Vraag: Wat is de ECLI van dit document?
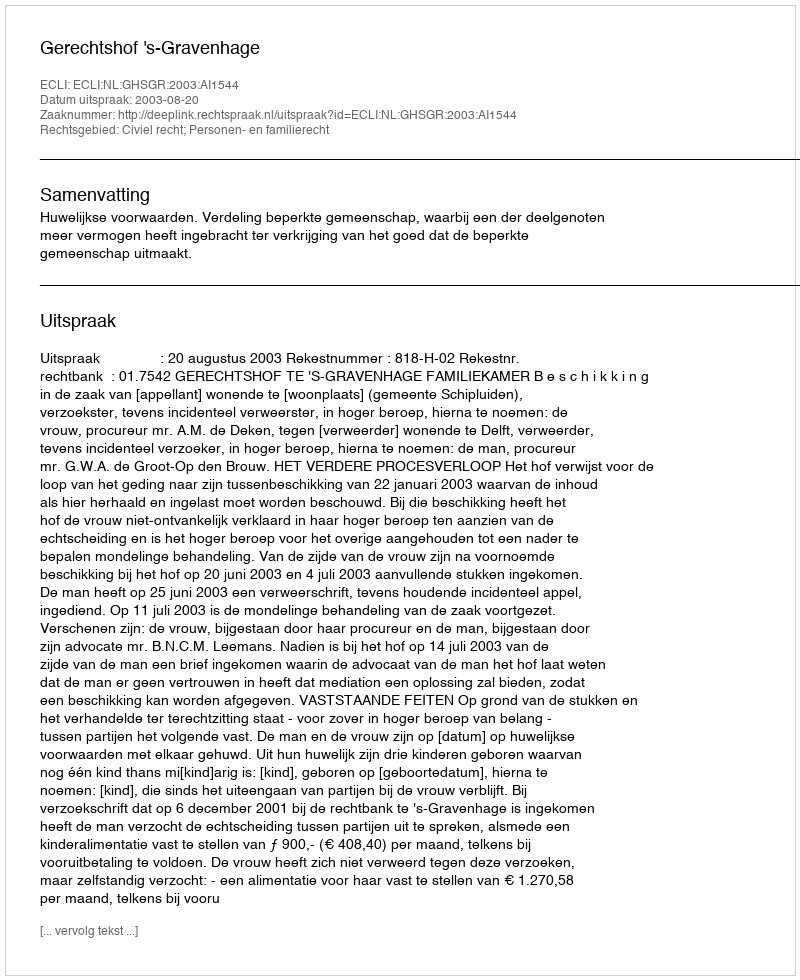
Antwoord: ECLI:NL:GHSGR:2003:AI1544